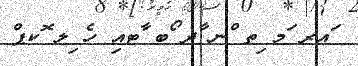
ައރ ަމ ިތ ްނ ާދ ޯބ ާޓއި ހެ ިލ ޮކޕް